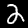
Label: 2